Mental hospitals Bombay report 1929-33 - 1929-1933
Year: 1929
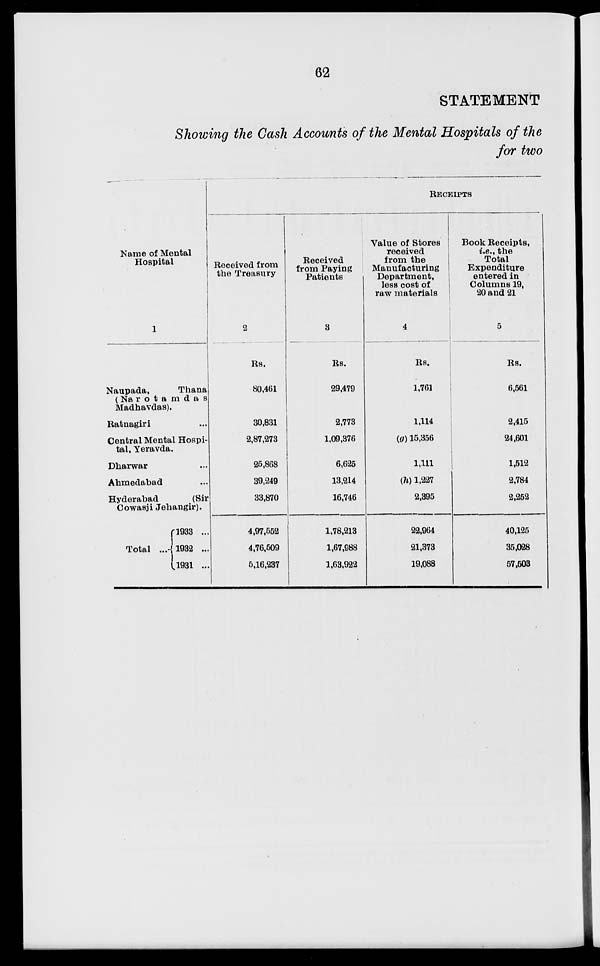
62
STATEMENT
Showing the Cash Accounts of the Mental Hospitals of the
for two
Name of Mental
Hospital
1
Naupada,
Thana
( Narotamdas
Madhavdas).
Ratnagiri ...
Central Mental Hospi-
tal, Yeravda.
Dharwar ...
Ahmedabad ...
Hyderabad
(Sir
Cowasji Jehangir).
Total ...
1933 ...
1932 ...
1931 ...
RECEIPTS
Received from
the Treasury
2
Rs.
80,461
30,831
2,87,273
25,868
39,249
33,870
4,97,552
4,76,509
5,16,237
Received
from Paying
Patients
3
Rs.
29,479
2,773
1,09,376
6,625
13,214
16,746
1,78,213
1,67,988
1,63,922
Value of Stores
received
from the
Manufacturing
Department,
less cost of
raw materials
4
Rs.
1,761
1,114
(g) 15,356
1,111
(h) 1,227
2,395
22,964
21,373
19,088
Book Receipts,
i.e., the
Total
Expenditure
entered in
Columns 19,
20 and 21
5
Rs.
6,561
2,415
24,601
1,512
2,784
2,252
40,125
35,028
57,503